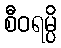
စီဝရမ္ပိ